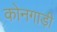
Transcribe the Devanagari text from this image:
कोनगाड़ी